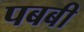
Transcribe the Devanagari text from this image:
पबबी